Bréfritari: Þórunn Pálsdóttir
Viðtakandi: Páll Pálsson
Dagsetning: A-1845-04-11
Skrifað á: Ási  N-Múl. ?
Páll var bróðir Þórunnar

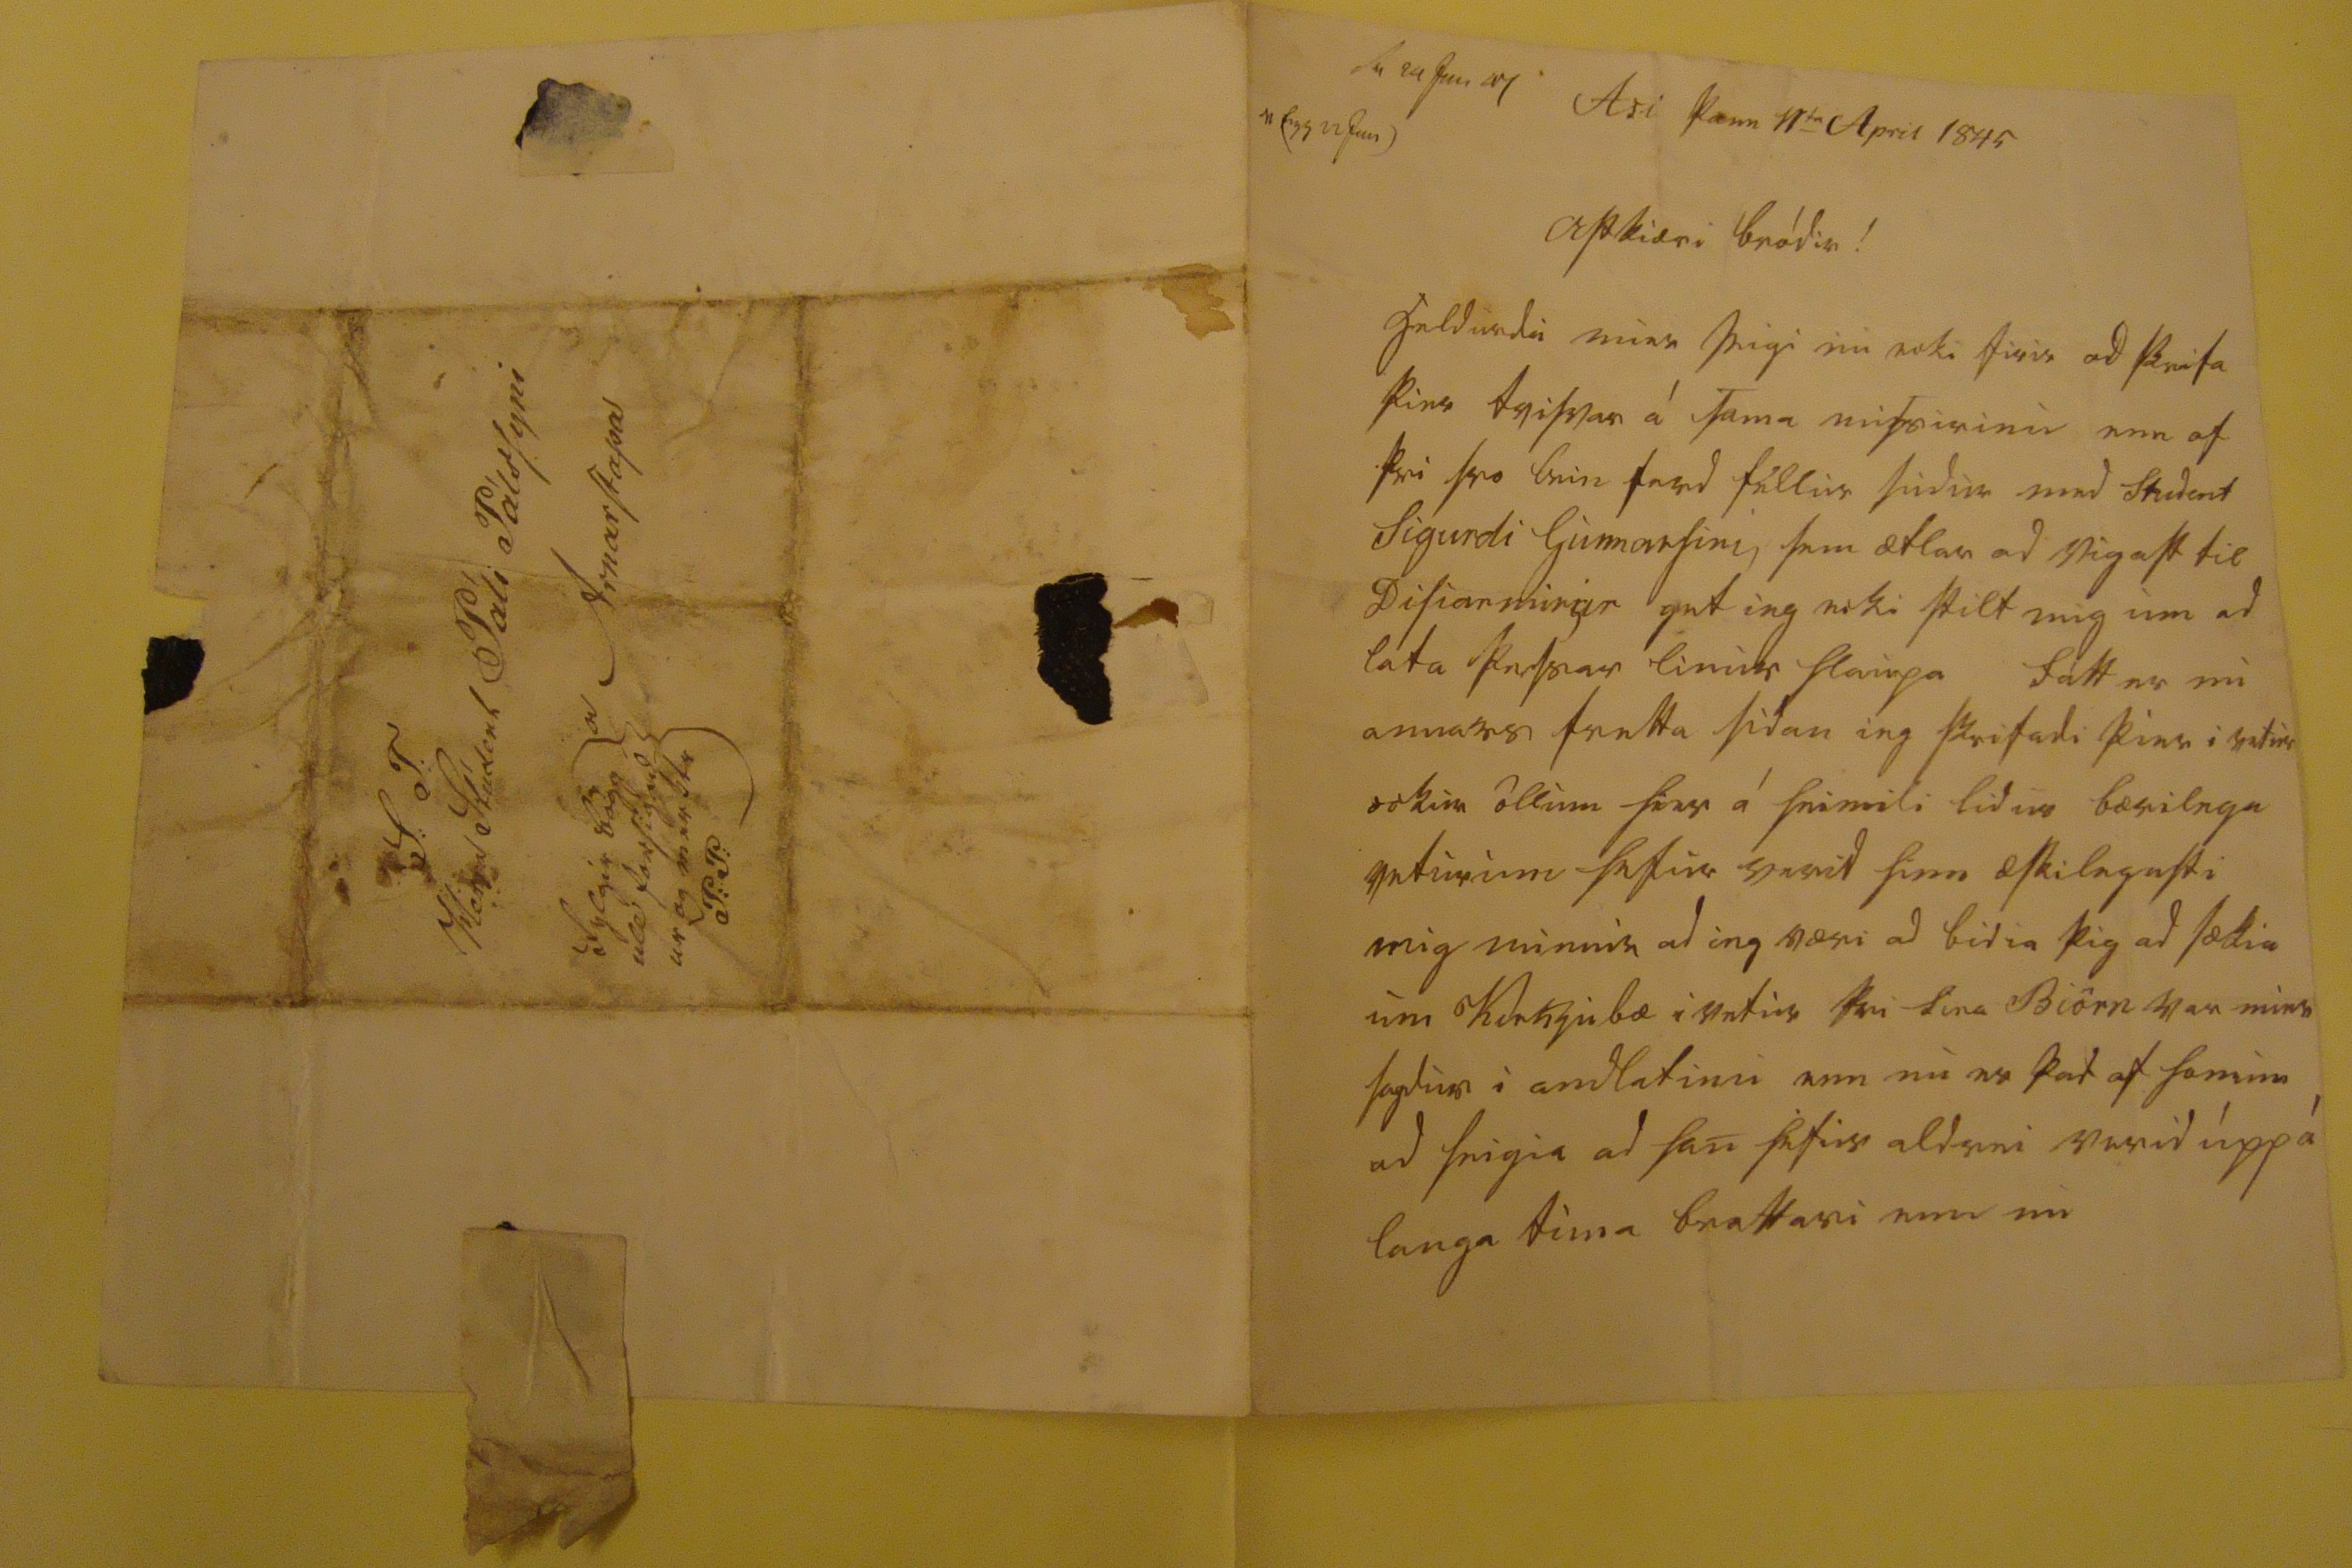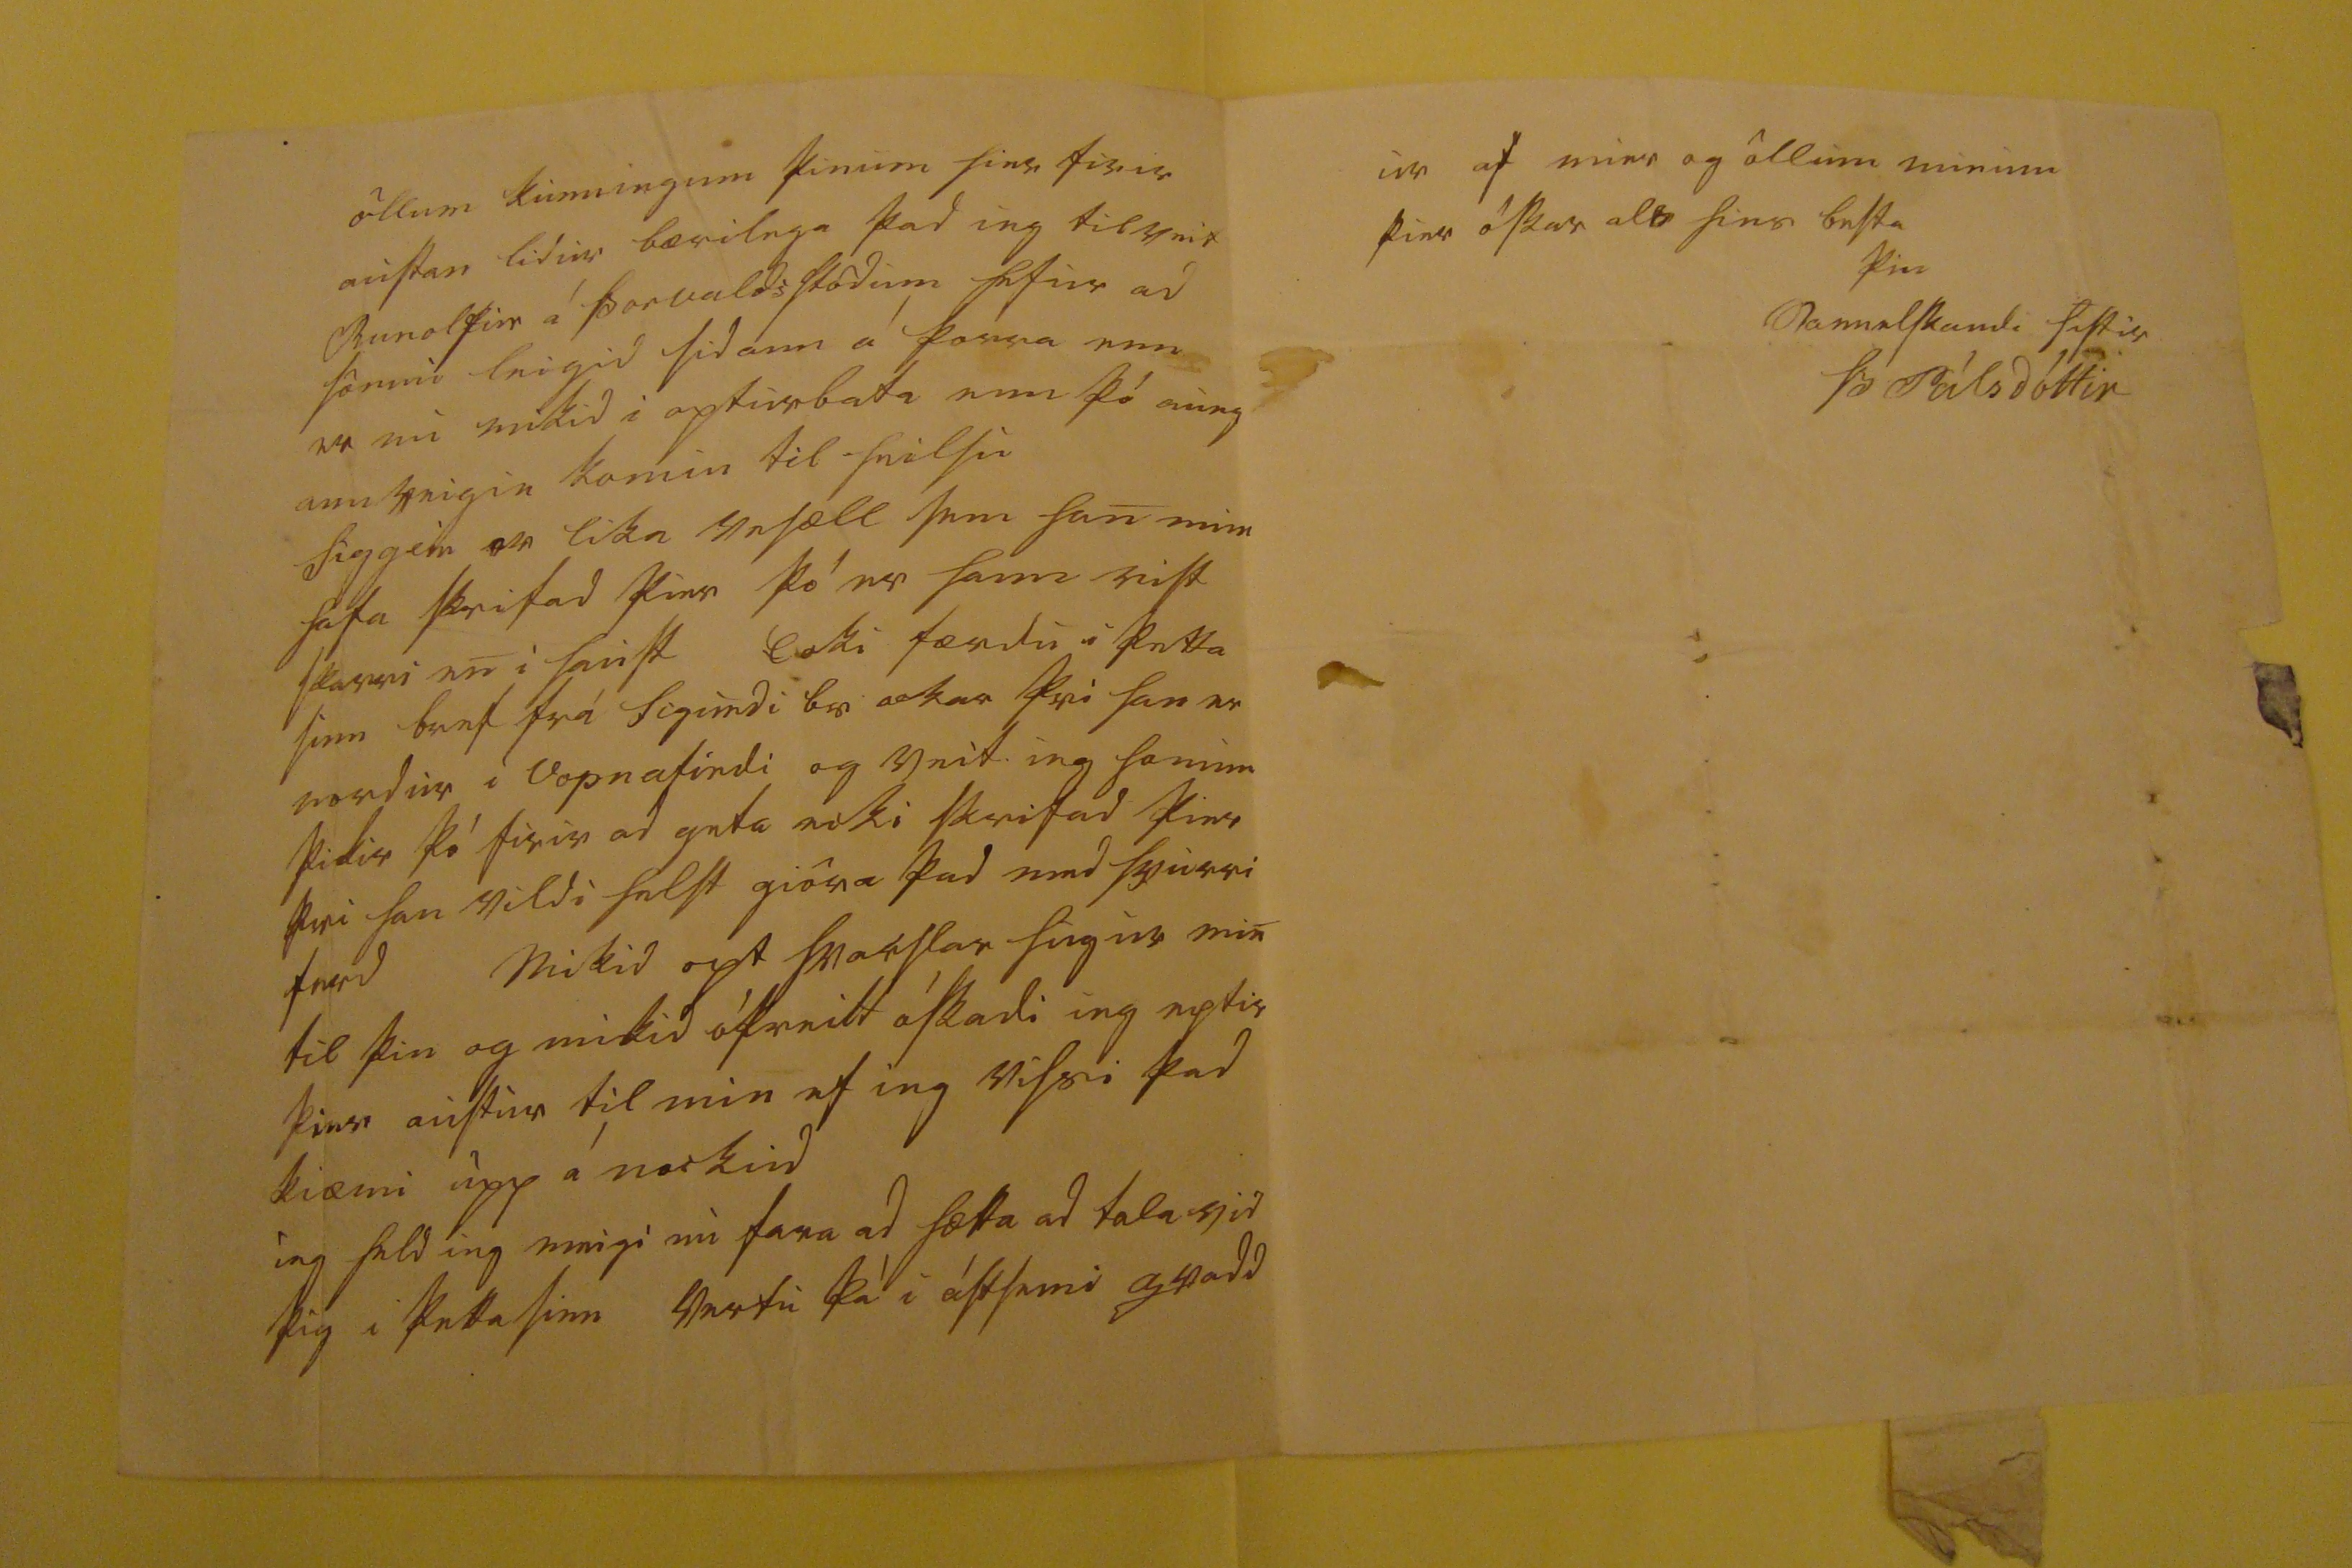

s0. 24 jan 00 0sigg 22 jan
Asi þann 11
ta
April 1845
Astkiæri bródir!
heldurdu mier seigi nu ecki firir ad skrifa þier tvisvar á sama missirinu enn af þvi svo sein ferd fellur sudur med student Sigurdi Gunnarsini sem ætlar ad vigast til
Disiarmi00r
get ieg ecki stilt mig um ad lata þessar linur hlaupa fátt er nu annars fretta sidan ieg skrifadi þier i vetur ockur öllum hier á heimili lidur bærilega veturinn hefur verid hinn æskilegasti mig minnir ad ieg væri ad bidia þig ad sækia um Kirkjubæ i vetur þvi sira Biörn var mier sagdur i andlatinu enn nu er þad af honum ad seigia ad han hefur aldrei verid upp á langa tima brattari enn nu
öllum kunningum þinum hier firir austan lidur bærilega þad ieg tilveit Runolfur á Þorvaldsstödum hefur ad sönnu leigid sidann á Þorra enn er nu mikid i apturbata enn þó aungann veigin komin til heilsu Siggeir er lika vesæll sem han mun hafa skrifad þier þó er hann vist skarri en i haust Ecki færdu i þetta sinn bref frá Sigurdi br ockar þvi han er nordur i Vopnafirdi og veit ieg honum þikir þó firir ad geta ecki skrifad þier þvi han vildi helst giöra þad med hvurri ferd Mikid opt hvar
f
lar hugur min til þin og mikid
óþreitt óskadi
ieg eptir þier austur til min ef ieg vissi þad kiæmi upp á nockud ieg held meigi nu fara ad hætta ad tala vid þig i þetta sinn vertu þá i ástsami
qvadd
ur af mier og öllum minum þier oskar als hins besta
þin sannelskandi sistir
Þ Pálsdóttir
S: T: Herra Stúdent Páli Pálssyni a Arnarstapa fylgir böggull forsigad- ur og merktr P:P: